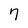
Character: 7